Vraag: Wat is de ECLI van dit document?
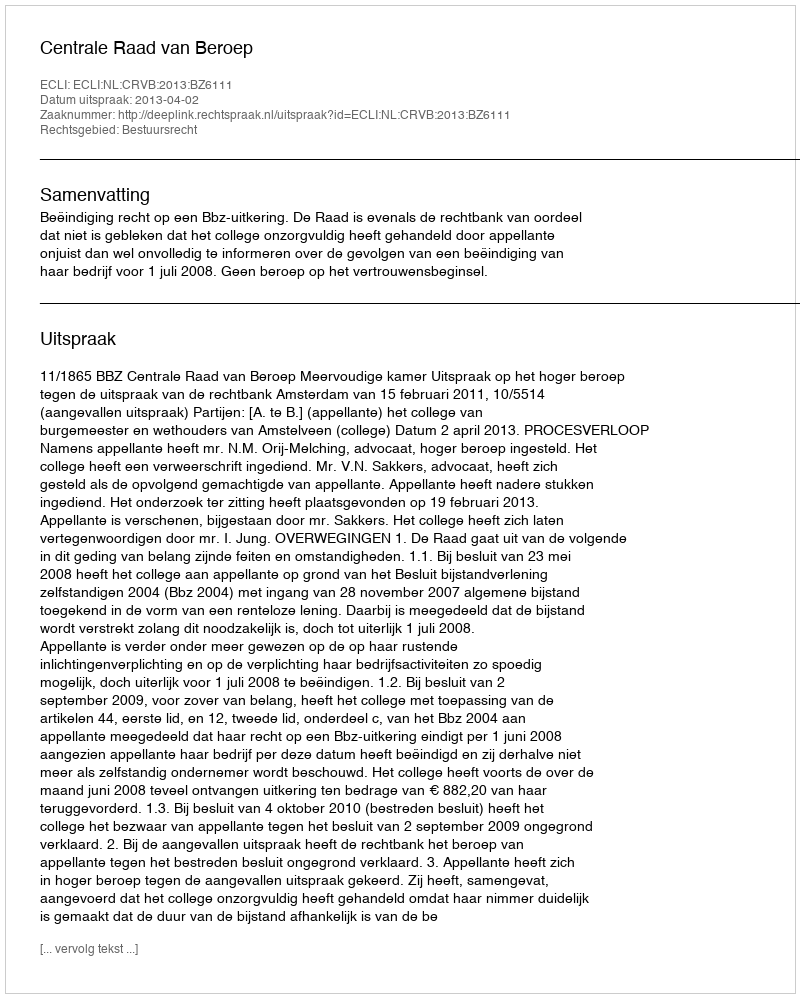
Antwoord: ECLI:NL:CRVB:2013:BZ6111